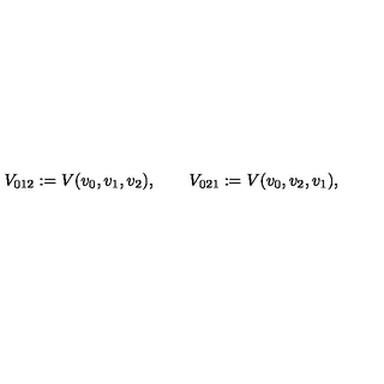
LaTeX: V _ { 0 1 2 } : = V ( v _ { 0 } , v _ { 1 } , v _ { 2 } ) , \qquad V _ { 0 2 1 } : = V ( v _ { 0 } , v _ { 2 } , v _ { 1 } ) ,